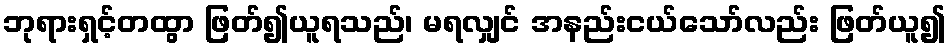
ဘုရားရှင့်တထွာ ဖြတ်၍ယူရသည်၊ မရလျှင် အနည်းငယ်သော်လည်း ဖြတ်ယူ၍